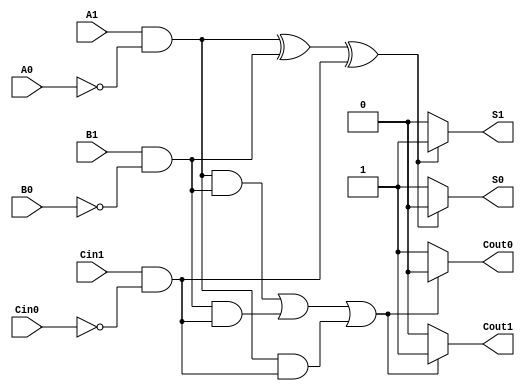
module dual_rail_full_adder (
    input wire A1, A0,  // Dual-rail representation of input A
    input wire B1, B0,  // Dual-rail representation of input B
    input wire Cin1, Cin0, // Dual-rail representation of carry input Cin
    output reg S1, S0,  // Dual-rail representation of sum output S
    output reg Cout1, Cout0 // Dual-rail representation of carry output Cout
);

// Internal signals for the logic
wire A, B, Cin; // Single-rail representations
wire sum, carry; // Intermediate sum and carry signals

// Decode dual-rail inputs to single-rail
assign A = A1 & ~A0; // A = 1 if A1=1 and A0=0
assign B = B1 & ~B0; // B = 1 if B1=1 and B0=0
assign Cin = Cin1 & ~Cin0; // Cin = 1 if Cin1=1 and Cin0=0

// Compute sum and carry
assign sum = A ^ B ^ Cin; // Sum is the XOR of A, B, and Cin
assign carry = (A & B) | (B & Cin) | (A & Cin); // Carry is the majority function

// Output logic
always @(*) begin
    // Validating dual-rail outputs for sum
    if (sum) begin
        S1 = 1;
        S0 = 0;
    end else begin
        S1 = 0;
        S0 = 1;
    end

    // Validating dual-rail outputs for carry
    if (carry) begin
        Cout1 = 1;
        Cout0 = 0;
    end else begin
        Cout1 = 0;
        Cout0 = 1;
    end
end

endmodule